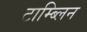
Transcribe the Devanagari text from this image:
टाम्ब्लिन